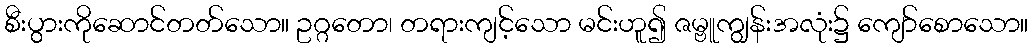
စီးပွားကိုဆောင်တတ်သော။ ဥဂ္ဂတော၊ တရားကျင့်သော မင်းဟူ၍ ဇမ္ဗူကျွန်းအလုံး၌ ကျော်စောသော။